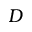
D